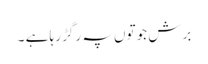
برش جوتوں پہ رگڑ رہا ہے ۔